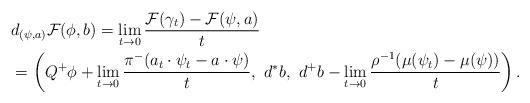
LaTeX: \begin{align*}&d_{(\psi,a)} \mathcal{F} (\phi, b) = \lim_{t\to 0} \frac{\mathcal{F}(\gamma_t) - \mathcal{F}(\psi,a)}{t} \\&= \left( Q^+\phi + \lim_{t\to 0} \frac{\pi^{-} (a_t\cdot\psi_t - a\cdot\psi)}{t},\,\, d^*b,\,\, d^+b-\lim_{t\to 0} \frac{\rho^{-1}(\mu(\psi_t) - \mu(\psi))}{t} \right).\end{align*}